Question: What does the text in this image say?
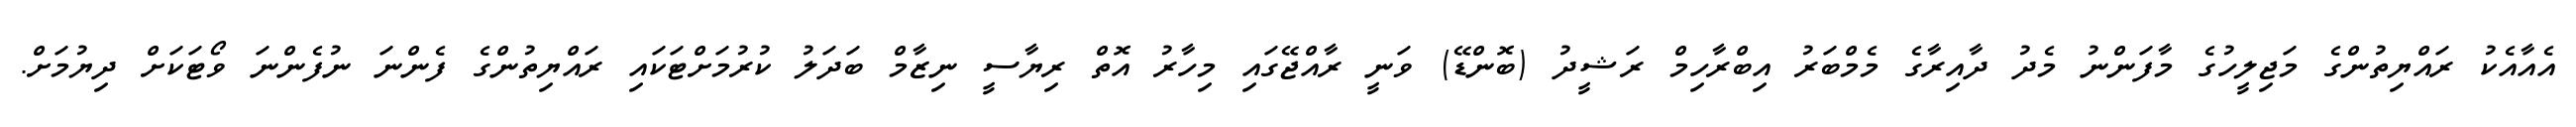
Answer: އެއާއެކު ރައްޔިތުންގެ މަޖިލީހުގެ މާފަންނު މެދު ދާއިރާގެ މެމްބަރު އިބްރާހިމް ރަޝީދު (ބޮންޑޭ) ވަނީ ރާއްޖޭގައި މިހާރު އޮތް ރިޔާސީ ނިޒާމް ބަދަލު ކުރުމަށްޓަކައި ރައްޔިތުންގެ ފެންނަ ނުފެންނަ ވޯޓަކަށް ދިޔުމަށް.